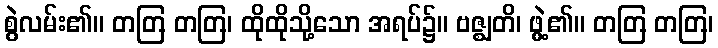
စွဲလမ်း၏။ တတြ တတြ၊ ထိုထိုသို့သော အရပ်၌။ ဗဇ္ဈတိ၊ ဖွဲ့၏။ တတြ တတြ၊